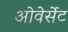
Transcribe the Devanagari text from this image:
ओवेर्सेट